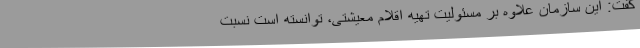
گفت: این سازمان علاوه بر مسئولیت تهیه اقلام معیشتی، توانسته است نسبت